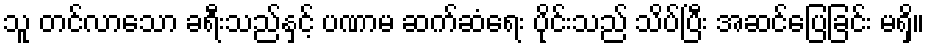
သူ တင်လာသော ခရီးသည်နှင့် ပဏာမ ဆက်ဆံရေး ပိုင်းသည် သိပ်ပြီး အဆင်ပြေခြင်း မရှိ။